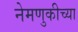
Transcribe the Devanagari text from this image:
नेमणुकीच्या